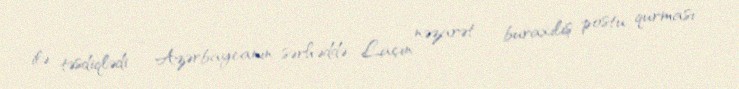
ilə təsdiqlədi - Azərbaycanın sərhəddə Laçın nəzarət - buraxılış postu qurması